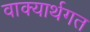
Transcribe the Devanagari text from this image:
वाक्यार्थगत